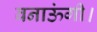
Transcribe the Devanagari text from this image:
बनाऊंगी।